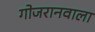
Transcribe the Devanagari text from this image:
गोजरानवाला